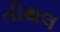
તીથલ